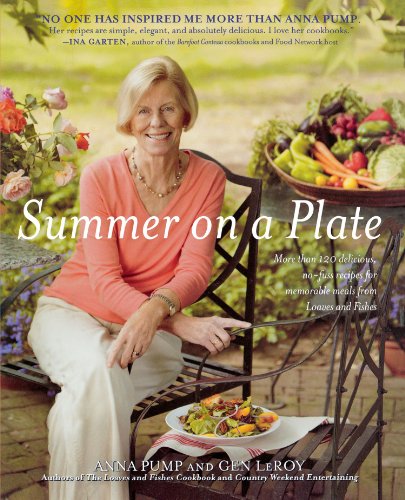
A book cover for Summer on a Plate: More than 120 delicious, no-fuss recipes for memor; Anna Pump; Romance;